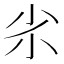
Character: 𡭝